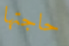
حاجتها